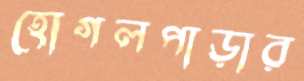
হোগলপাড়ার